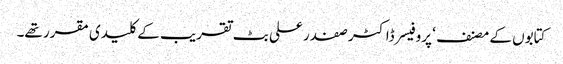
کتابوں کے مصنف ‘ پروفیسر ڈاکٹر صفدر علی بٹ تقریب کے کلیدی مقرر تھے۔